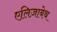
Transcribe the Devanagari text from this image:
एलि़ज़ाबेथ